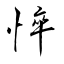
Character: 悴